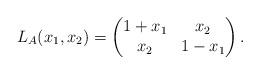
LaTeX: \begin{align*}L_A(x_1,x_2)=\begin{pmatrix}1+x_1 & x_2 \\ x_2 & 1-x_1\end{pmatrix}.\end{align*}